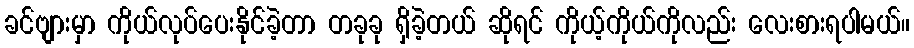
ခင်ဗျားမှာ ကိုယ်လုပ်ပေးနိုင်ခဲ့တာ တခုခု ရှိခဲ့တယ် ဆိုရင် ကိုယ့်ကိုယ်ကိုလည်း လေးစားရပါမယ်။